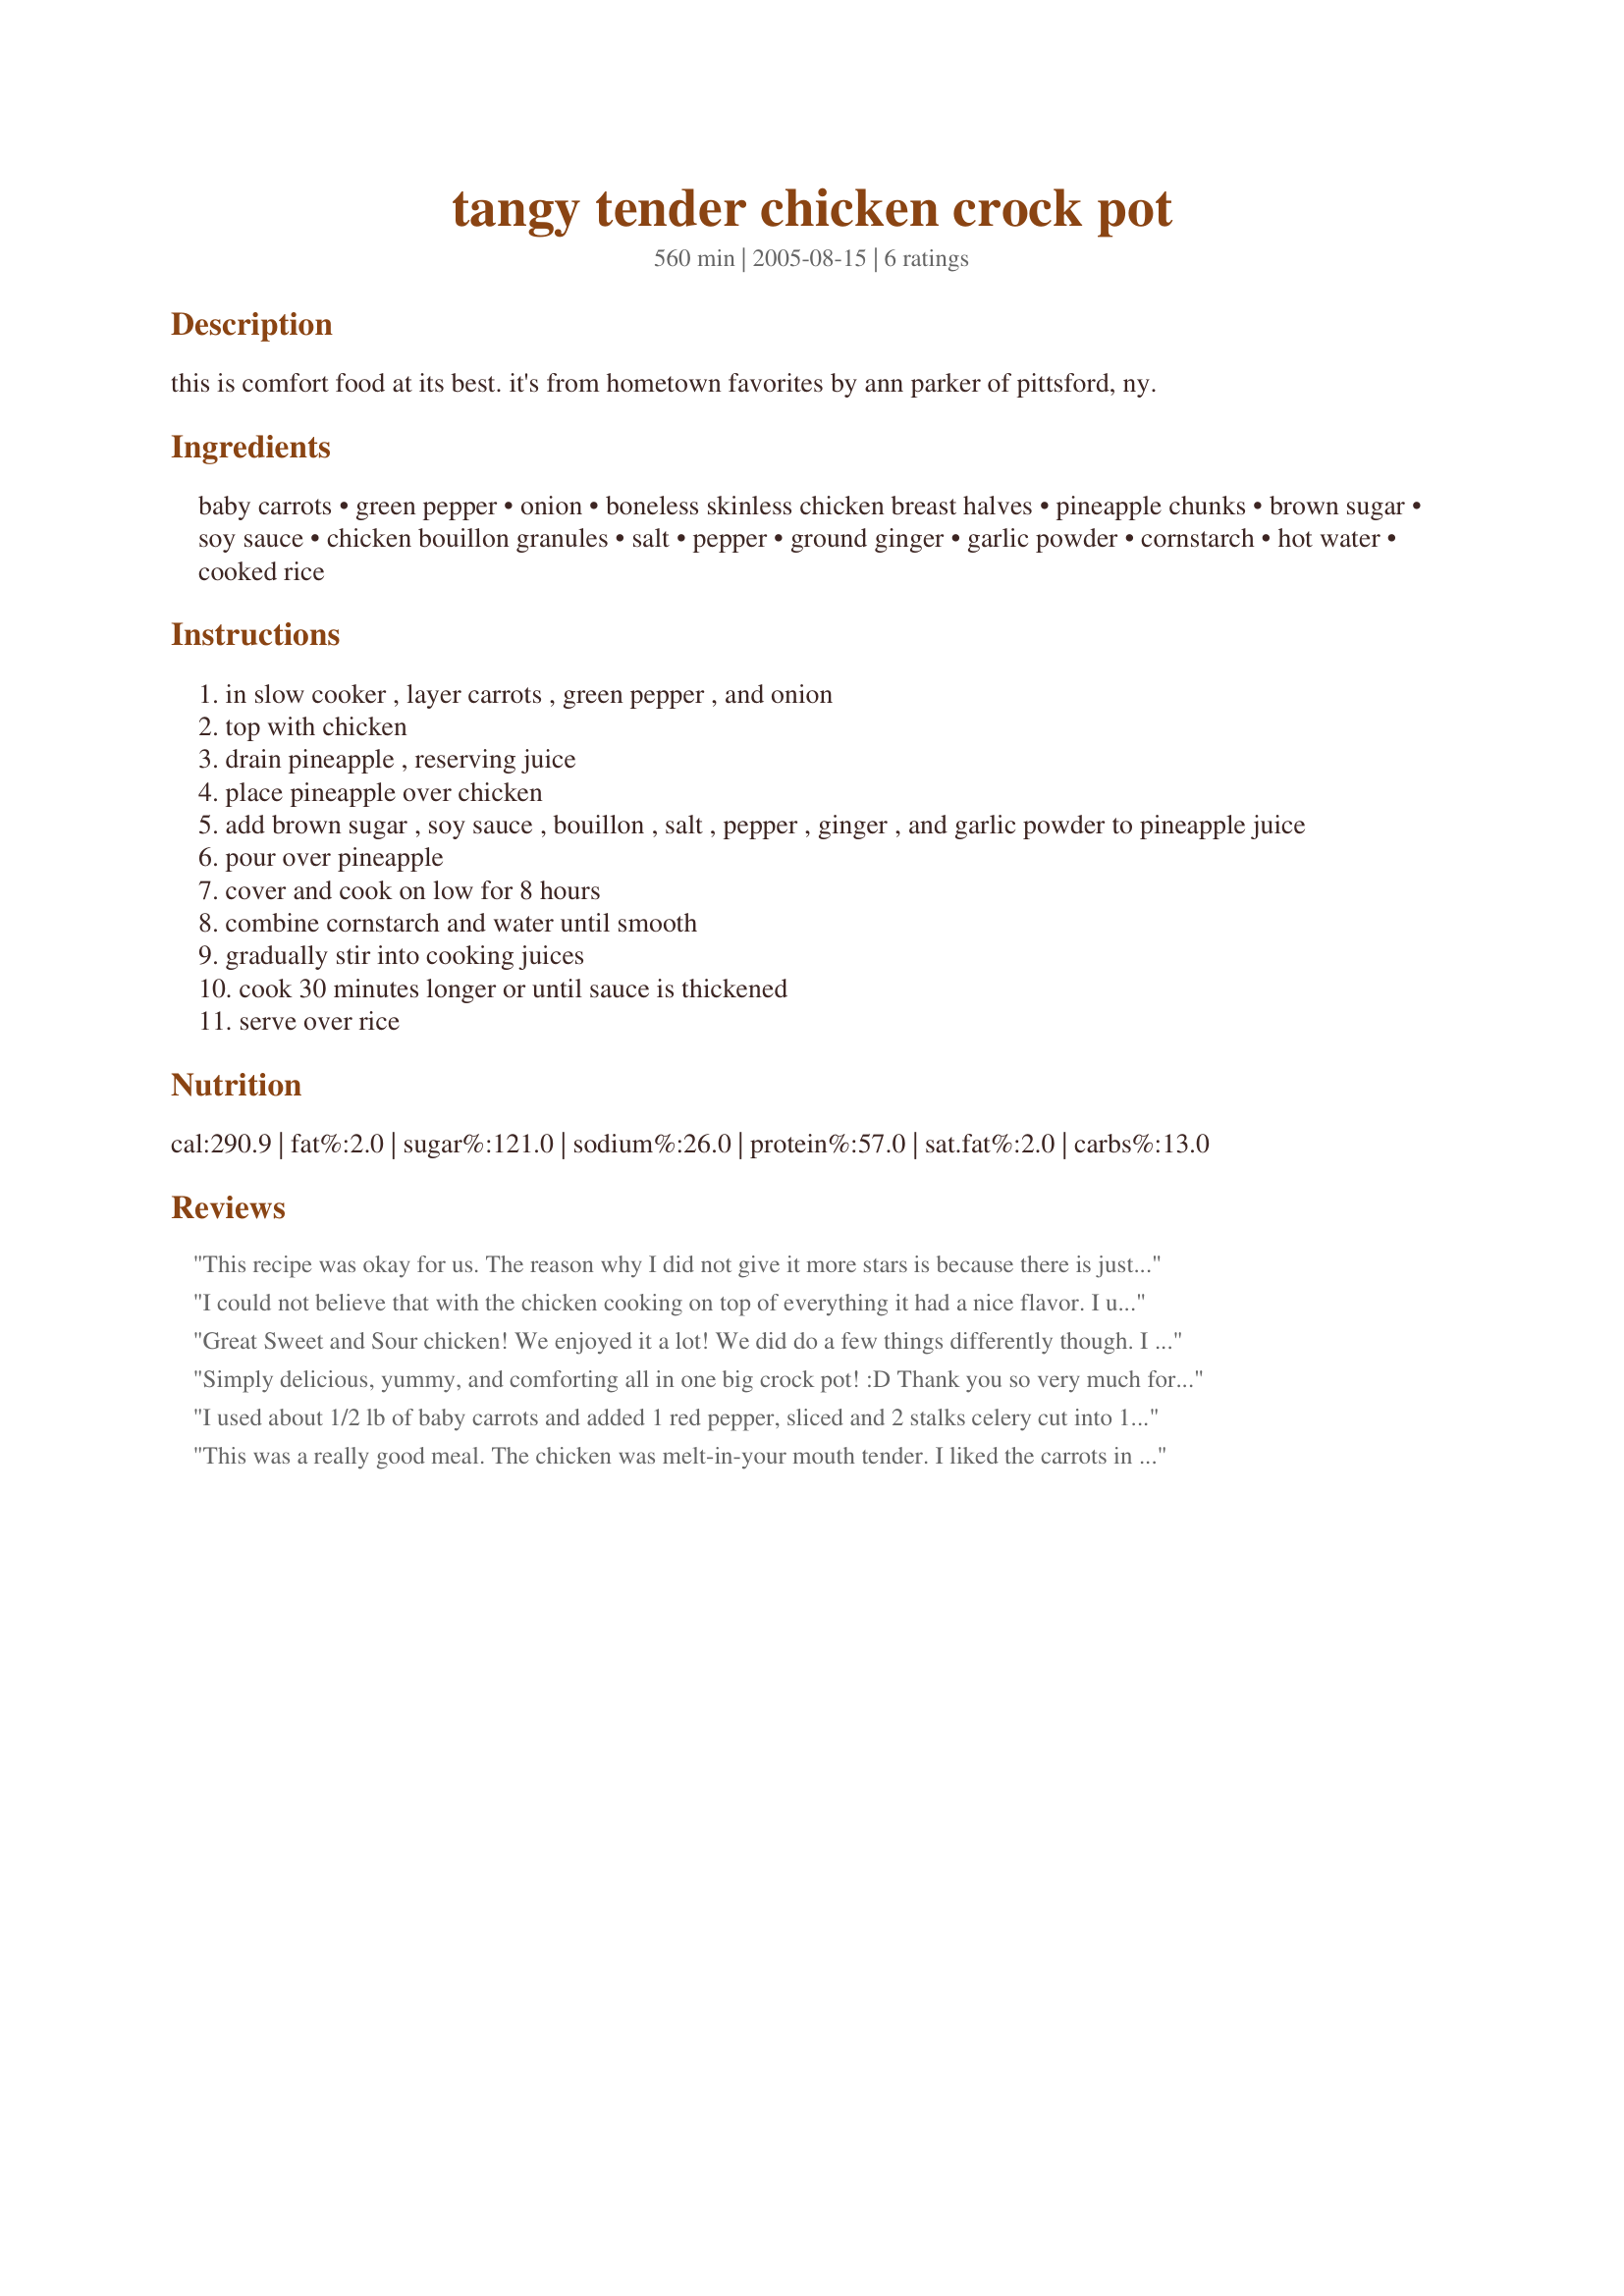
tangy tender chicken crock pot
Preparation time: 560 minutes

this is comfort food at its best. it's from hometown favorites by ann parker of pittsford, ny.

Ingredients:
baby carrots, green pepper, onion, boneless skinless chicken breast halves, pineapple chunks, brown sugar, soy sauce, chicken bouillon granules, salt, pepper, ground ginger, garlic powder, cornstarch, hot water, cooked rice

Steps:
in slow cooker , layer carrots , green pepper , and onion
top with chicken
drain pineapple , reserving juice
place pineapple over chicken
add brown sugar , soy sauce , bouillon , salt , pepper , ginger , and garlic powder to pineapple juice
pour over pineapple
cover and cook on low for 8 hours
combine cornstarch and water until smooth
gradually stir into cooking juices
cook 30 minutes longer or until sauce is thickened
serve over rice

Reviews:
This recipe was okay for us. The reason why I did not give it more stars is because there is just too many carrots in it. I would have liked it if had more green pepper instead of the amount of carrots listed.
I could not believe that with the chicken cooking on top of everything it had a nice flavor. I used 1 tablespoon fresh ginger root instead of powder. Everyone enjoyed the chicken, the veggies and the sauce on top of the rice. The only thing I'd change is to NOT cook it as long. Maybe take off 2 hours. But then this could be my crockpot, as I have been finding that I need to cut the cooking time by 1/4 of what the recipes say.
Great Sweet and Sour chicken!
We enjoyed it a lot!

We did do a few things differently though.
I was already boiling down 2 chickens (skinless)to bone for some meal later, when I found this recipe.
So since I was using the Crockpot already I finished boiling the chicken and after it was tender I drained it, boned it, and put it aside.
I then mixed the sauce up and let that cook for about an hour more, but we were running out of time so I put it on the regular stove to thicken up faster.
I added the chicken and threw in some pre-cooked leftover carrots from a stew the night before
and cooked till thoroughly heated.
It was very good!
My youngest was not amused but he is 5, and likes cheese. Nothing else this week, just cheese.
So his opinion does not count.

One of my daughters thought it was too sweet, and I probably could cut the brown sugar down 1/3 or maybe even 1/2.

But out of 9 people and only 2 so so comments? Fantastic!
Thanks, I will be making it again!
Simply delicious, yummy, and comforting all in one big crock pot! :D Thank you so very much for this recipe! I tossed this simple dish together this morning and came home from a long day to the most amazing smelling house! I'm just glad that I was out all day, because I would have had the munchies from that smell! LOL! 

I left out the carrots, because I didn't have any and really, I'm not a huge carrot fan. All I had, much to my dismay, was crushed pineapple, but I'm soooo glad now! It just blended in so nicely with the sauce! And, it was the kind in it's own juice, but I don't think that took anything away from the dish. The chicken was so moist and full of flavor!

Again, thanks so much! This will be a meal made over and over again!
I used about 1/2 lb of baby carrots and added 1 red pepper, sliced and 2 stalks celery cut into 1 inch chunks. I also used about 1 1/2 lbs of chicken tenderloins, threw them in the pot frozen, and cooked it for about 6 hours before adding the cornstarch/water. We like sauce; next time I will double the sauce/seasoning ingredients...adding the juice of the 2nd can of pineapple but not the extra chunks of pineapple. My picky 9 y/o enjoyed this as well, thanks for posting!
This was a really good meal. The chicken was melt-in-your mouth tender. I liked the carrots in this dish.
